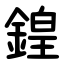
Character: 鍠